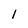
Character: l